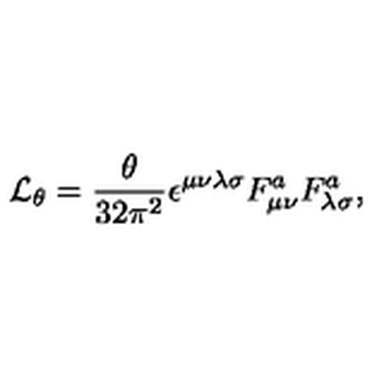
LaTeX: { \cal L } _ { \theta } = \frac { \theta } { 3 2 { \pi } ^ { 2 } } \epsilon ^ { \mu \nu \lambda \sigma } F _ { \mu \nu } ^ { a } F _ { \lambda \sigma } ^ { a } ,